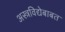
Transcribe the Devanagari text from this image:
अस्त्रविद्येबाबत